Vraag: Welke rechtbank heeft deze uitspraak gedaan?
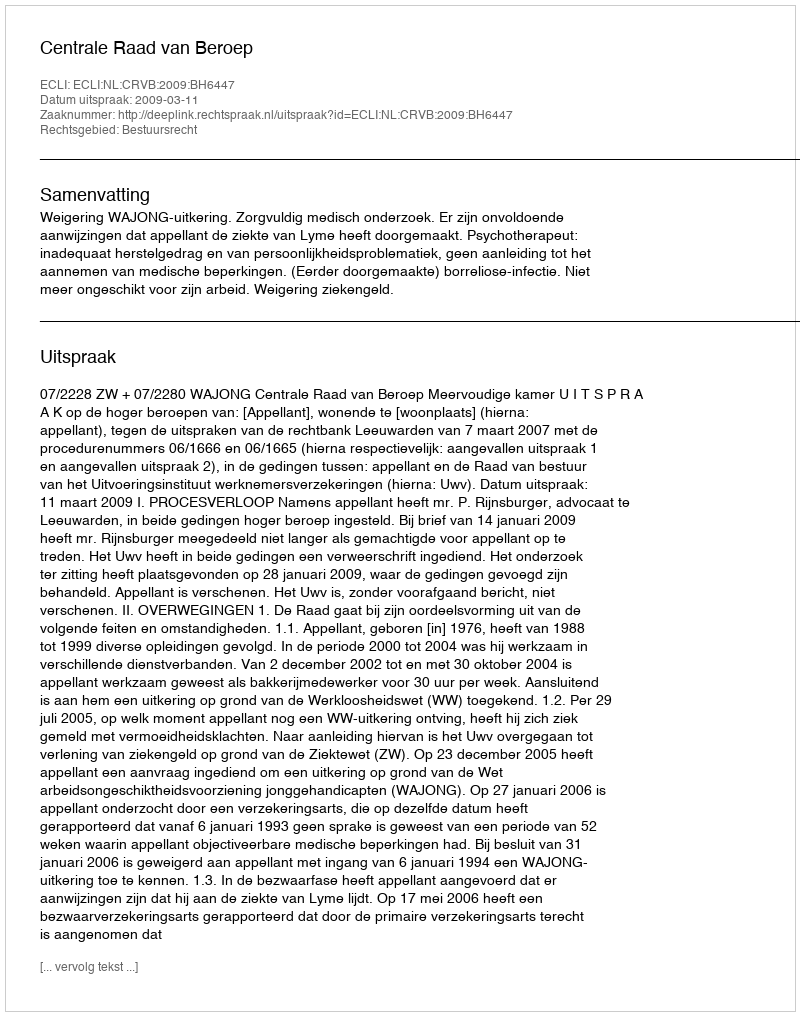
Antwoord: Centrale Raad van Beroep